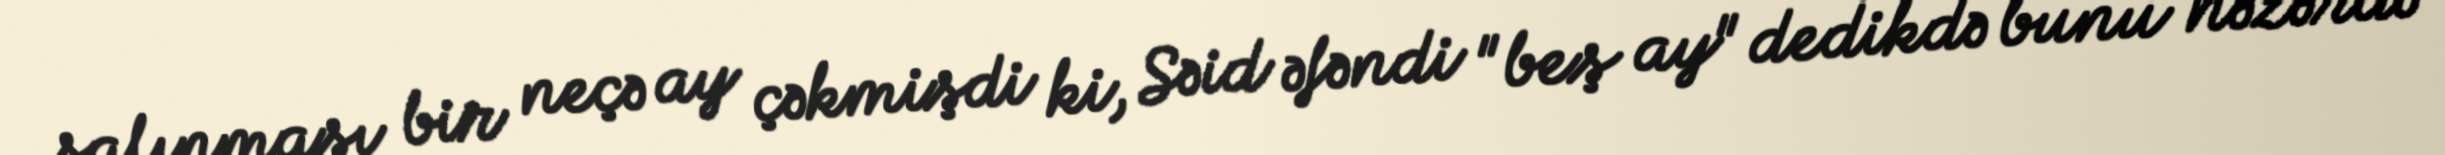
salınması bir neçə ay çəkmişdi ki, Səid əfəndi "beş ay" dedikdə bunu nəzərdə